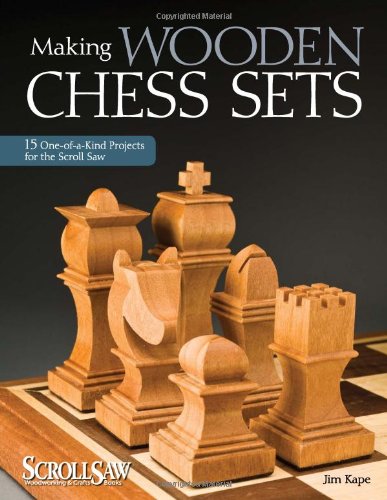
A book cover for Making Wooden Chess Sets: 15 One-of-a-Kind Designs for the Scroll Saw (Scroll Saw Woodworking & Crafts Book); Jim Kape; Humor & Entertainment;